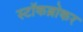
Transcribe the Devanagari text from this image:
स्‍टॉकब्रोकर